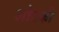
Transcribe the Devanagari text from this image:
शोटकी